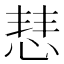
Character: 𢜎